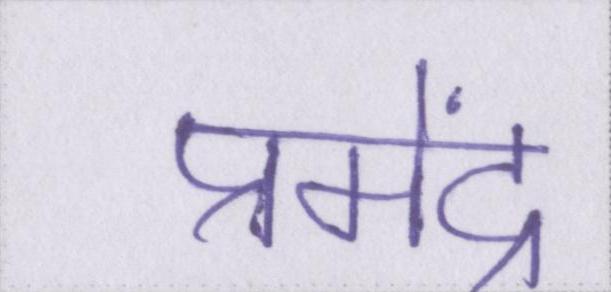
प्रमेंद्र